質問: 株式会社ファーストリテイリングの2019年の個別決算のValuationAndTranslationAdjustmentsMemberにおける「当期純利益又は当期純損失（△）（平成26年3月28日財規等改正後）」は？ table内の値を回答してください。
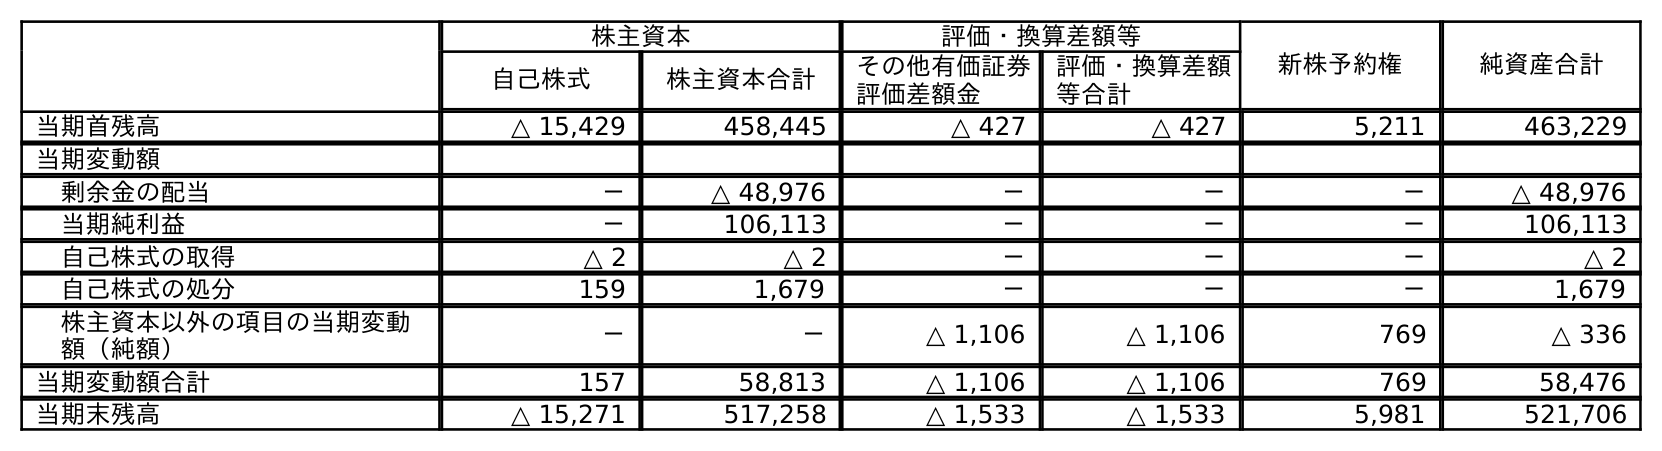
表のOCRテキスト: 株主資本 評価・換算差額等 新株予約権 純資産合計 自己株式 株主資本合計 その他有価証券 評価差額金 評価・換算差額 等合計 当期首残高 △ 15,429 458,445 △ 427 △ 427 5,211 463,229 当期変動額 剰余金の配当 － △ 48,976 － － － △ 48,976 当期純利益 － 106,113 － － － 106,113 自己株式の取得 △ 2 △ 2 － － － △ 2 自己株式の処分 159 1,679 － － － 1,679 株主資本以外の項目の当期変動 額（純額） － － △ 1,106 △ 1,106 769 △ 336 当期変動額合計 157 58,813 △ 1,106 △ 1,106 769 58,476 当期末残高 △ 15,271 517,258 △ 1,533 △ 1,533 5,981 521,706
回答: －